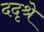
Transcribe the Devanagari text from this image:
ददृश्रे